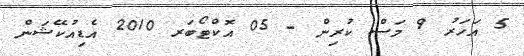
5 އަހަރު 9 މަސް ކުރިން - 05 އޮކްޓޯބަރ 2010 އެޑިއުކޭޝަން